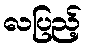
လပြည့်